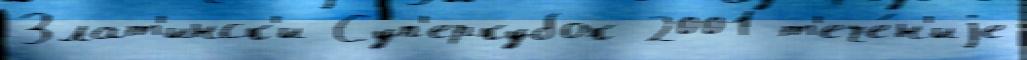
Злат'инск'и Суп'еркубок 2001 т'ече́н'иjе